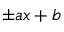
\pm a x + b